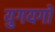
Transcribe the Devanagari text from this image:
युगयगों